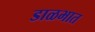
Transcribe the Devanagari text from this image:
डाळभात